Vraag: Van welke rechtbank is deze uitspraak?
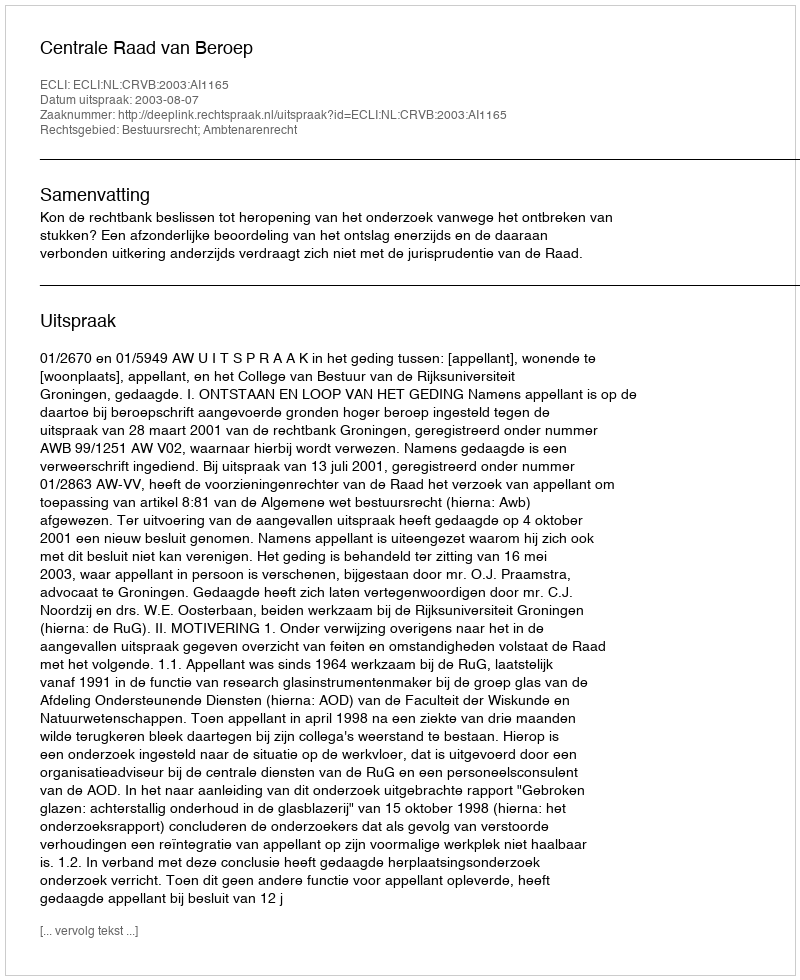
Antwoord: Centrale Raad van Beroep